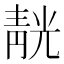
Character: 靗